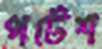
পটেশ